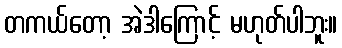
တကယ်တော့ အဲဒါကြောင့် မဟုတ်ပါဘူး။